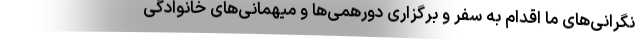
نگرانی‌های ما اقدام به سفر و برگزاری دورهمی‌ها و میهمانی‌های خانوادگی